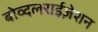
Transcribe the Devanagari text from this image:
बोव्दलराईज़ेशन